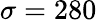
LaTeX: \sigma=280